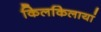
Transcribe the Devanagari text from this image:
किलकिलायां